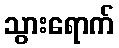
သွားရောက်